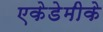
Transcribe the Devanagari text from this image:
एकेडेमीके